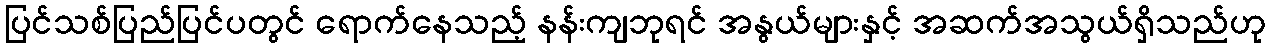
ပြင်သစ်ပြည်ပြင်ပတွင် ရောက်နေသည့် နန်းကျဘုရင် အနွယ်များနှင့် အဆက်အသွယ်ရှိသည်ဟု